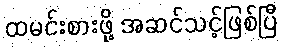
ထမင်းစားဖို့ အဆင်သင့်ဖြစ်ပြီ